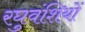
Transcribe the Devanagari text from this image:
रघुवंशियों